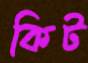
কিট